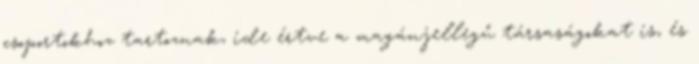
csoportokhoz tartoznak, ide értve a magánjellegű társaságokat is, és